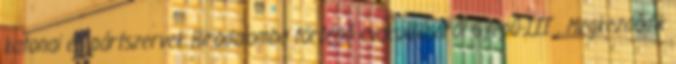
katonai és pártszervek Birodalomba történõ evakuálásáról Gyepû-III . Megkezdõdik